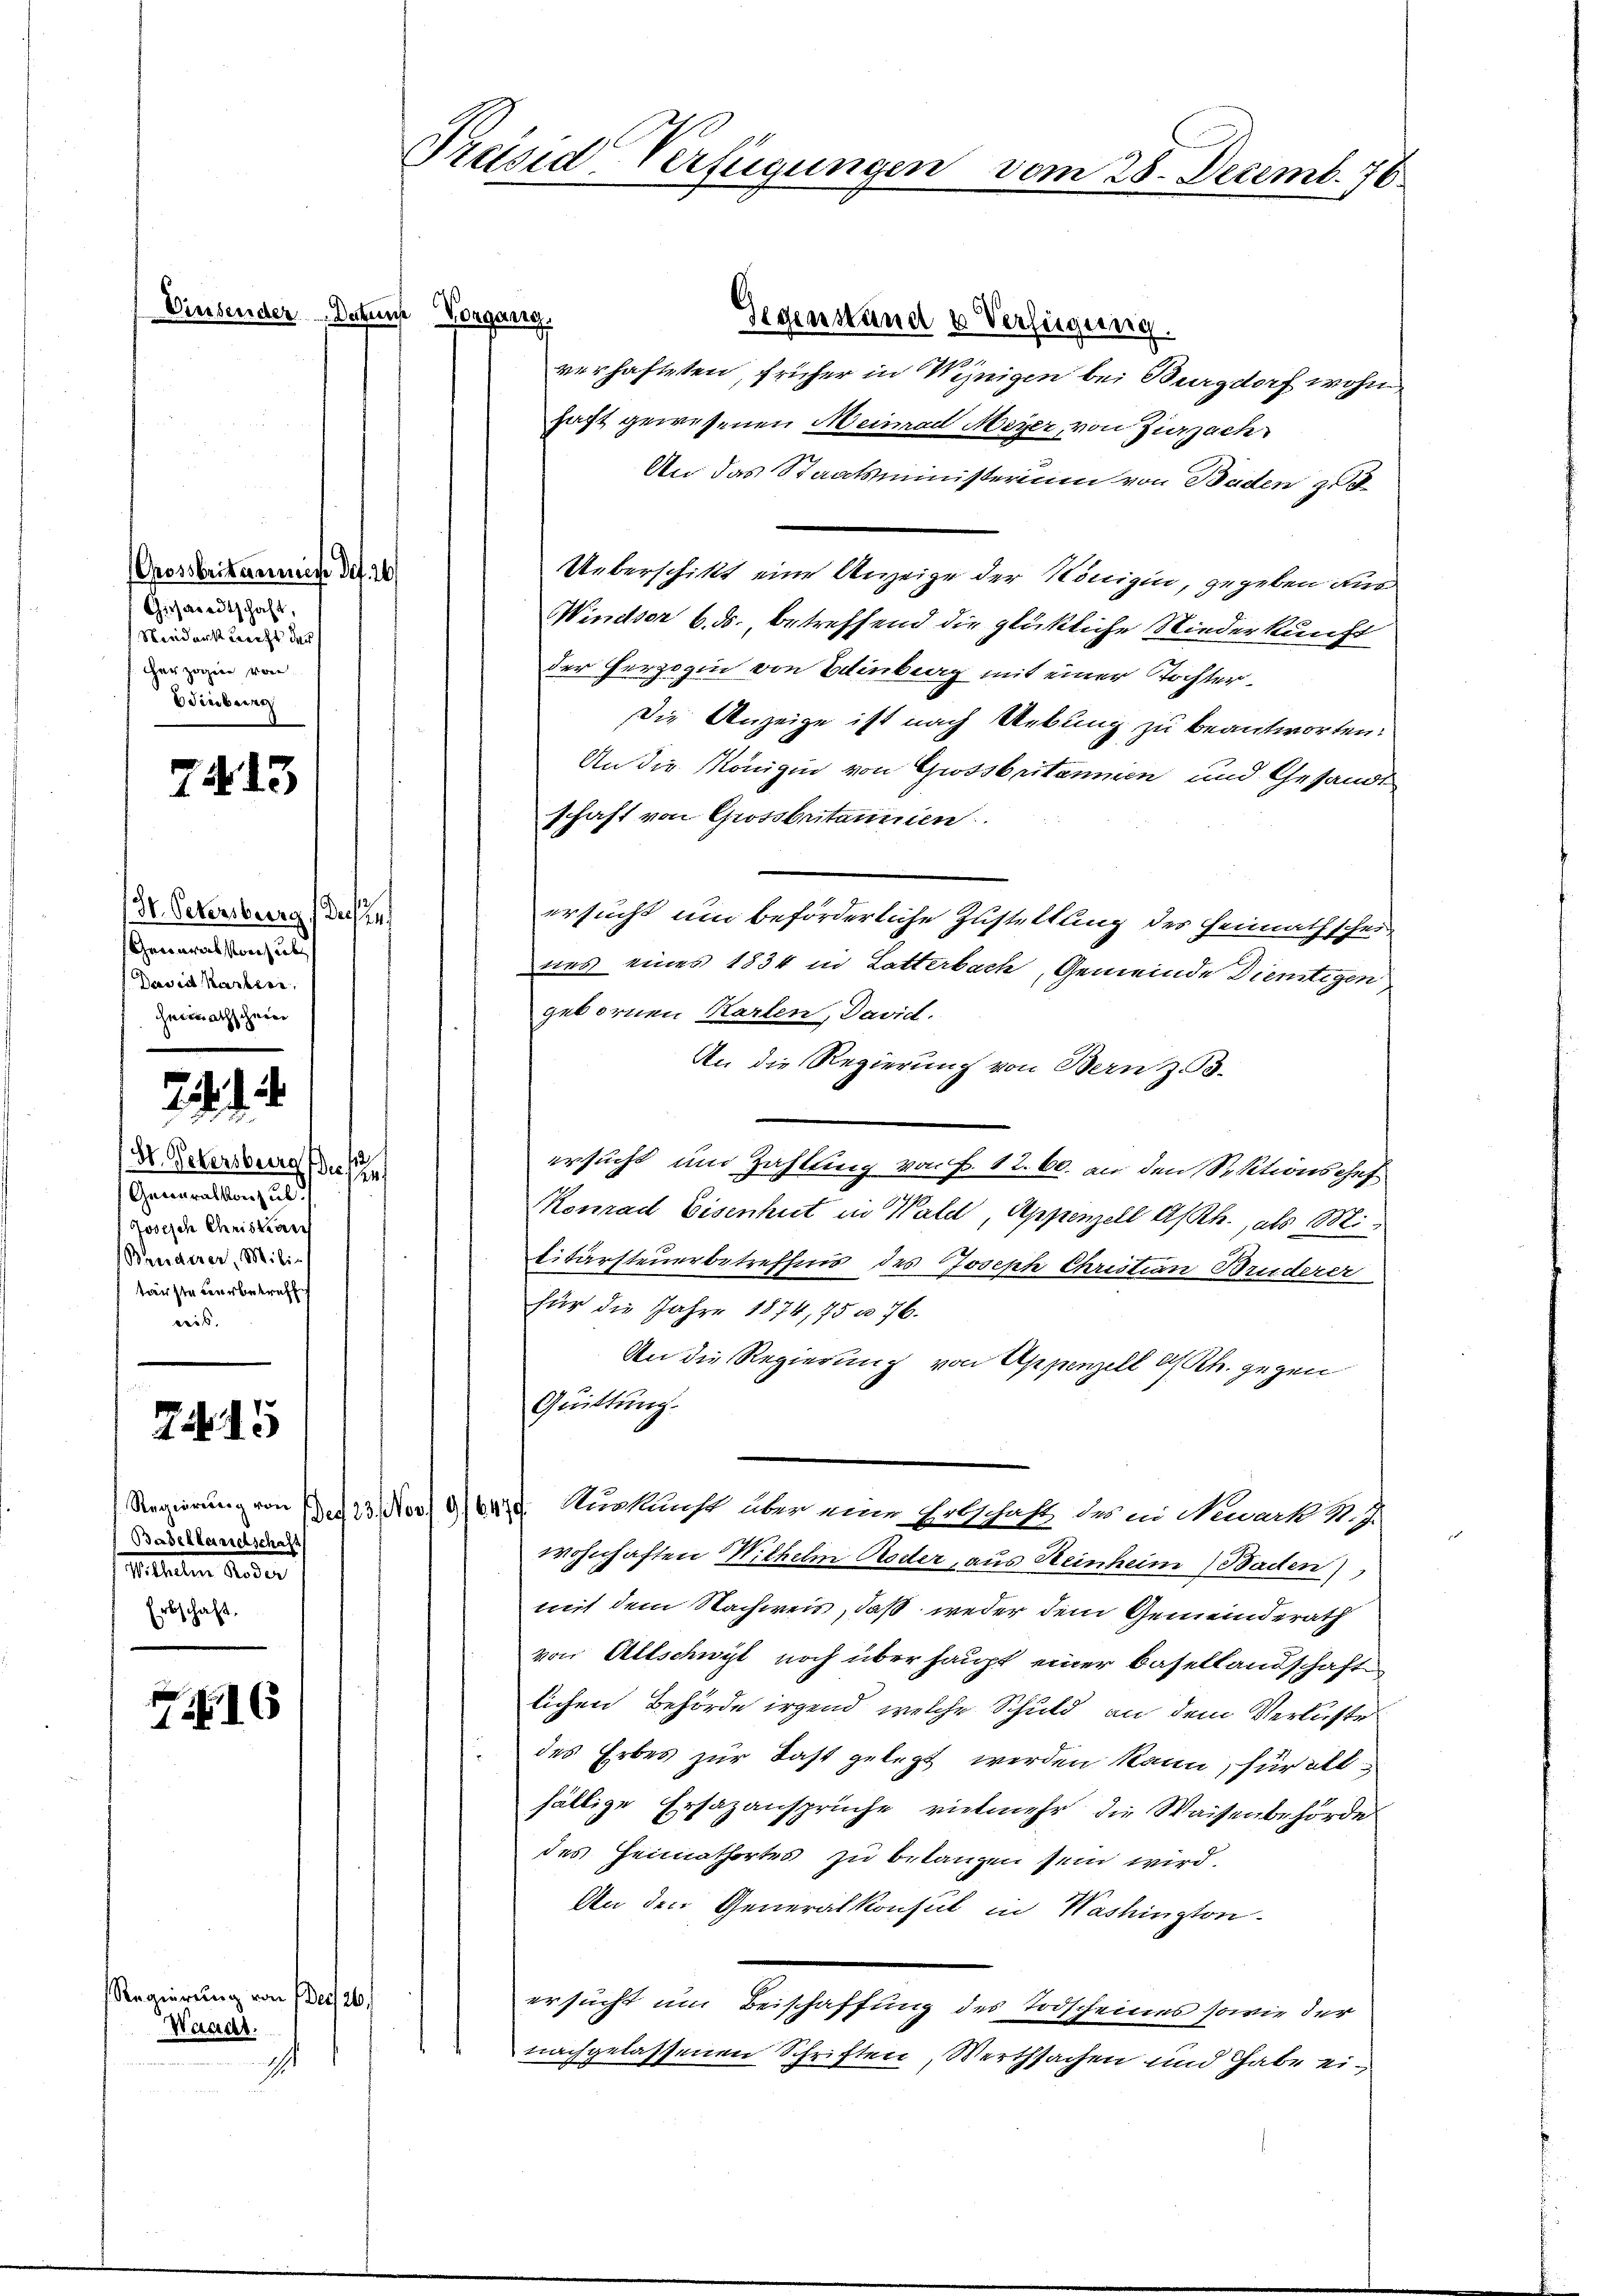
Viersender Decken

Grossbritannis dif. 20
Giehardtschaft,
Niedent Recht der
f herzogin von
Wiebern

7413

Dr. Petersburg Decken
Generalstanzub
David Kartier,

H. Petersburg diese
Generalkonsul
Josisch Chriskan
Bruderer, Milie
tärste verbetreffe
ceib.

7.15

Badellandschaft
Titelten Lander
Erbschaft,

7.16

Regierung von der
Waadt.
i

126

Präsid Verfügungen

iche Vorgang.
Gegenstand u Verfügung.
verhafteten, früher in Weinigen bei Burgdorf wohn
haft gewesenen Heinrad Meyer, von Zurzach
An das Staatsministerium von Baden zu
Ueberschikt eine Anzeige der Königin, gegeben aus
Windser 6. ds., betreffend die glückliche Niederkunft
der Herzogin von Einberg mit einer Tochter¬
Die Anzeige ist nach Uebung zu beantworten:
An die Königin von Grossbritannien und Gesandt
schaft von Grossbritannien.
ersucht um beförderliche Zustellung des Heimathscheines eines 1834 in Latterbach, Gemeinde Dientigen
gebornen Karlen, David.
An die Regierung von Bern z. B.
ersucht und Zahlung von P. 12. 60. an den Sektionschef
Konrad Eisenhut in Wald, Appenzell A/Rh., als Militärsteuerbetreffnis des Joseph Christian Bruderer
für die Jahre 1874, 75 n 76.
An die Regierung von Appenzell A/Rh. gegen
Quittung.
Regierung von B. 123. Nov. 16474. Nurkunft über eine Erbschaft des in Neuark K. J.
wohnhaften Wilhelm oder, aus Heinheim Baden
mit dem Nachweis, daß weder dem Gemeinderath
von Altschwyt noch über haupt einer Basellandschafte
lichen Behörde irgend, welche Schuld an dem Verluste
des Erbes zur Last gelegt werden kann, für all
fällige Ersazansprüche vielmehr die Waisenbehörde
des Heimatortes zu betanzen sein wird.
An den Generalkonsul in Washington-
ersucht um Beischaffung des Todscheines sowie der
nachgelassenen Schriften, Werthsachen und habe ei¬

vom 28. Decemb. 178